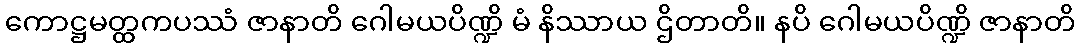
ကောဋ္ဌမတ္ထကပဿံ ဇာနာတိ ဂေါမယပိဏ္ဍိ မံ နိဿာယ ဌိတာတိ။ နပိ ဂေါမယပိဏ္ဍိ ဇာနာတိ